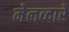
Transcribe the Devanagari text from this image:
मेलव्दारे